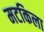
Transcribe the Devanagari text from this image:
मटकिला